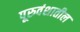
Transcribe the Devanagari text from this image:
पूरुवंशातील